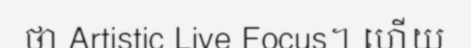
ថា Artistic Live Focus។ ហើយ